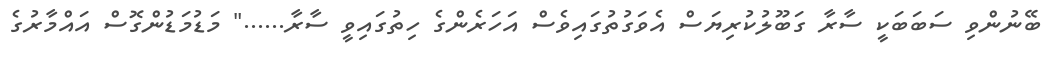
ބޭނުންވި ސަބަބަކީ ސާރާ ގަބޫލުކުރިޔަސް އެވަގުތުގައިވެސް އަހަރެންގެ ހިތުގައިވީ ސާރާ......" މަޑުމަޑުންގޮސް އައްމާރުގެ